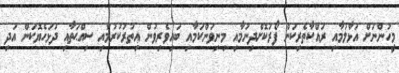
މީހުންނަށް އަޅާލުމާއި ރައްކާތެރިކަން ފޯރުކޮށްދިނުމާއި މިނިވަންކަމާއި ބައިވެރިވުން އިތުރުކުރުމާއި ސިއްޙަތާއި ދުޅަހެޔޮކަން އަދި